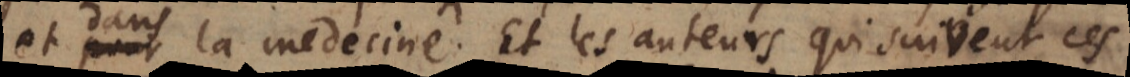
et dans la medecine. Et les auteurs qui suivent ces